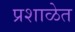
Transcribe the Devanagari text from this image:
प्रशाळेत